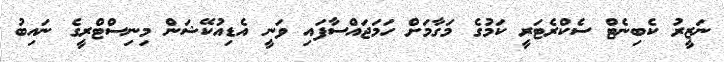
ނަޒީރު ކެބިނެޓް ސެކްރެޓަރީ ކަމުގެ މަގާމަށް ހަމަޖައްސާފައި ވަނީ އެޑިއުކޭޝަން މިނިސްޓްރީގެ ނައިބު